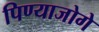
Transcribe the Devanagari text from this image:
पिण्याजोगे